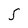
Character: S